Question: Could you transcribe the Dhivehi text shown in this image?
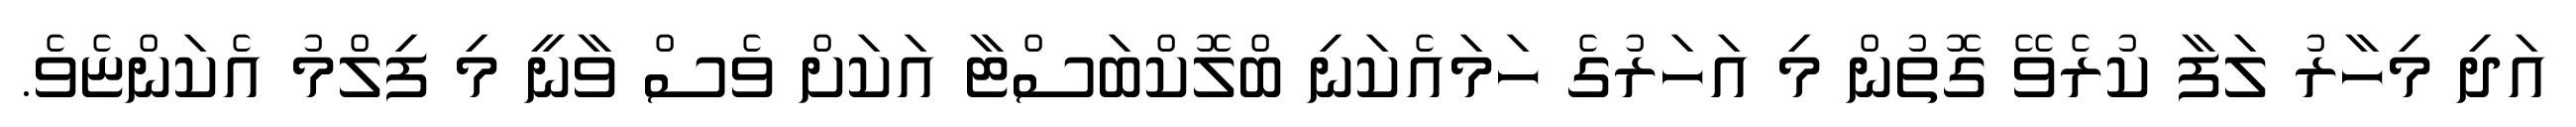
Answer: އަދި މިހާރު ލަފާ ކުރެވޭ ގޮތުން މި އަހަރުގެ ހަމައެކަނި ބްލޮކްބަސްޓާ އަކަށް ވެސް ވާނީ މި ފިލްމު އެކަންޏެވެ.